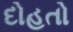
દોહતો